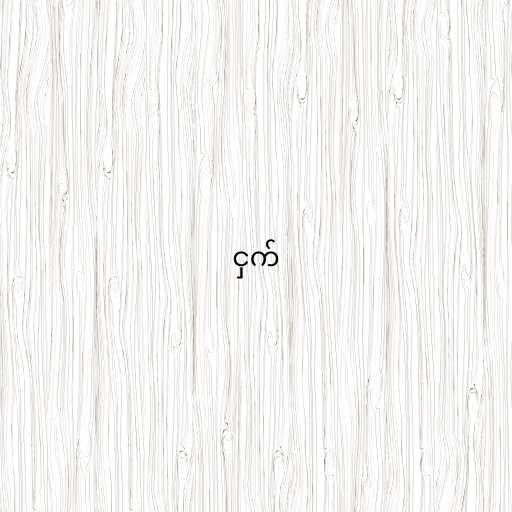
ငှက်